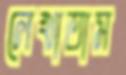
লেখাতাম